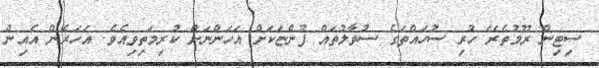
ސިޓިން ރޫމުތެރޭ ހުރި ސުހައްތަގެ ސުވާލުތައް ފުންޏަކަށް އަހަންނަށް ކުރިމަތިވިއެވެ. އަހަރެން އެއިން